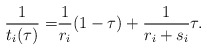
\begin{align*}\frac{1}{t_i(\tau)}=& \frac{1}{r_i}(1-\tau) + \frac{1}{r_i+s_i} \tau.\end{align*}